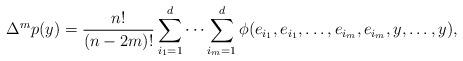
LaTeX: \begin{align*}\Delta^{m}p(y)=\frac{n!}{(n-2m)!}\sum_{i_1=1}^d\dots\sum_{i_m=1}^d\phi(e_{i_1},e_{i_1},\dots,e_{i_m},e_{i_m},y,\dots,y),\end{align*}